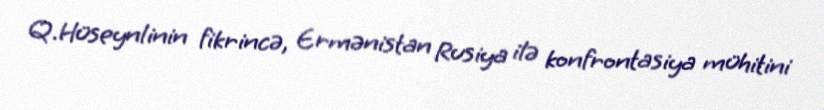
Q.Hüseynlinin fikrincə, Ermənistan Rusiya ilə konfrontasiya mühitini